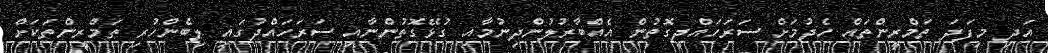
އަދި މިފަދަ ތަމްރީންތައް ހެދުމަށް ސަރަހައްދީގޮތުން އެއްބާރުލުންދިނުމާއި ގުޅޭގޮތުންނާއި ސަރަހައްދުގައި ލިބެންހުރި ތަމްރީންތަކަށް